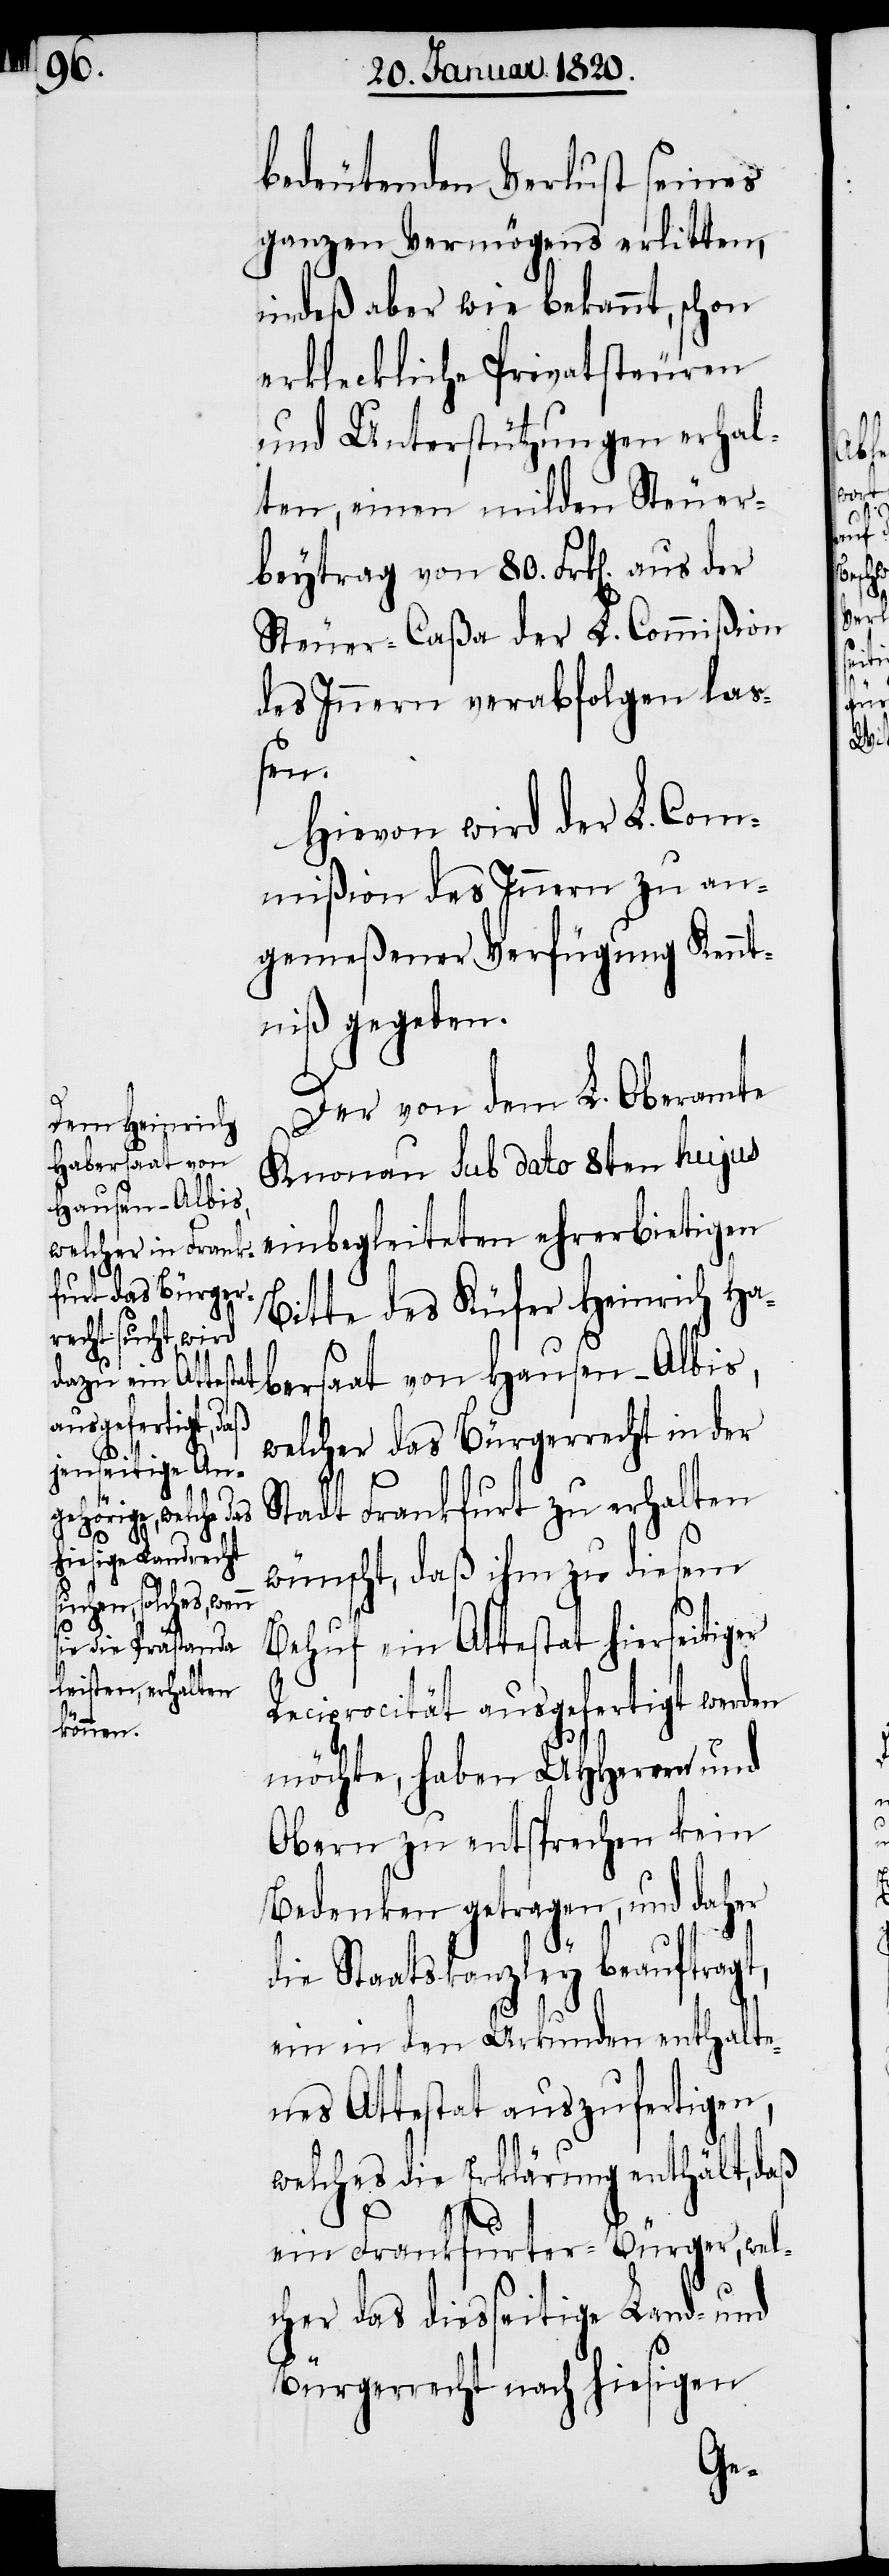
bedeutenden Verlust seines
ganzen Vermögens erlitten,
indeß aber wie bekannt, schon
erkleckliche Privatsteuren
und Unterstützungen erhal¬
ten, einen milden Steuer¬
beytrag von 80. Frk[en]. aus der
Steuer-Caßa der L. Commißion
des Innern verabfolgen la¬
ßen.
Hievon wird der L. Com¬
mißion des Innern zu an¬
gemeßener Verfügung Kennt¬
niß gegeben.
Der von dem L. Oberamte
Knonau sub dato 8ten hujus
einbegleiteten ehrerbietigen
Bitte des Küfer Heinrich Ha¬
bersaat von Hausen-Albis,
welcher das Bürgerrecht in der
Stadt Frankfurt zu erhalten
wünscht, daß ihm zu diesem
Behuf ein Attestat hierseitiger
Reciprocität ausgefertigt werden
möchte, haben UHHerren und
Obern zu entsprechen kein
Bedenken getragen, und daher
die Staatskanzley beauftragt,
ein in den Urkunden enthalte¬
nes Attestat auszufertigen,
welches die Erklärung enthält, daß
ein Frankfurter-Bürger, wel¬
cher das diesseitige Land- und
Bürgerrecht nach hiesigen